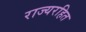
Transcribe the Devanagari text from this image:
राज्यरहित